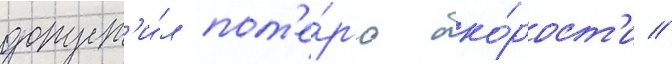
допуст'и́л пот'е́р'ю ско́рост'и //